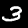
Digit: 3